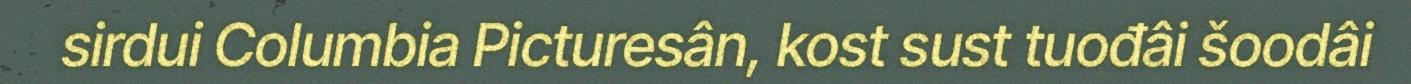
sirdui Columbia Picturesân, kost sust tuođâi šoodâi